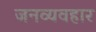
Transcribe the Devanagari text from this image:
जनव्यवहार